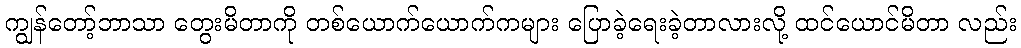
ကျွန်တော့်ဘာသာ တွေးမိတာကို တစ်ယောက်ယောက်ကများ ပြောခဲ့ရေးခဲ့တာလားလို့ ထင်ယောင်မိတာ လည်း